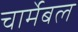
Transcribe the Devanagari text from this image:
चार्मेबल